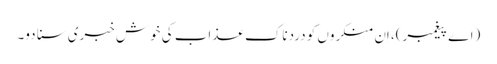
(اے پیغمبر)، اِن منکروں کو دردناک عذاب کی خوش خبری سنا دو۔